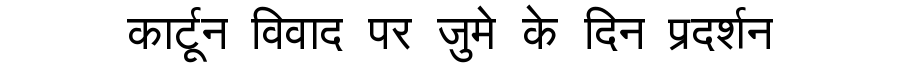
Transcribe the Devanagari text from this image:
कार्टून विवाद पर जुमे के दिन प्रदर्शन